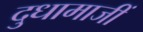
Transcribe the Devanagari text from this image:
दुधामाजीं